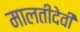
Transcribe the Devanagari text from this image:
मालतीदेवी